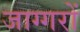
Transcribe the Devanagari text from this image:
जाग्गरों